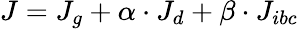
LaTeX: J=J_{g}+\alpha\cdot J_{d}+\beta\cdot J_{ibc}